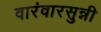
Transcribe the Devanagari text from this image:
वारंवारसुन्नी